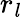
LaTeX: r_{\mathit{l}}